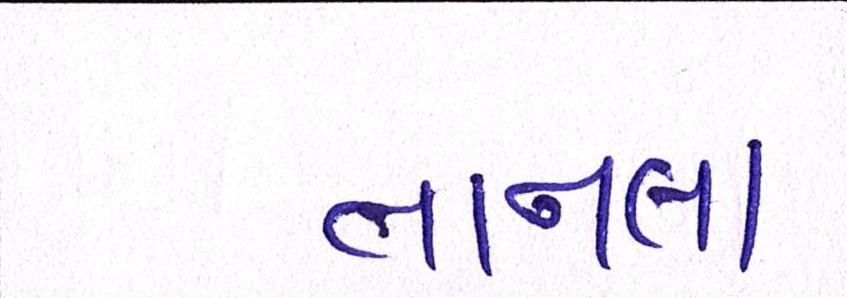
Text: તાનલા